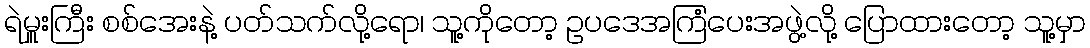
ရဲမှူးကြီး စစ်အေးနဲ့ ပတ်သက်လို့ရော၊ သူ့ကိုတော့ ဥပဒေအကြံပေးအဖွဲ့လို့ ပြောထားတော့ သူ့မှာ